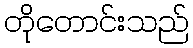
တိုတောင်းသည်